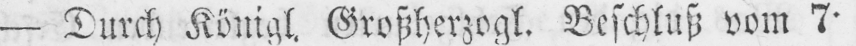
- Durch Königl. Großherzogl. Beschluß vom 7.